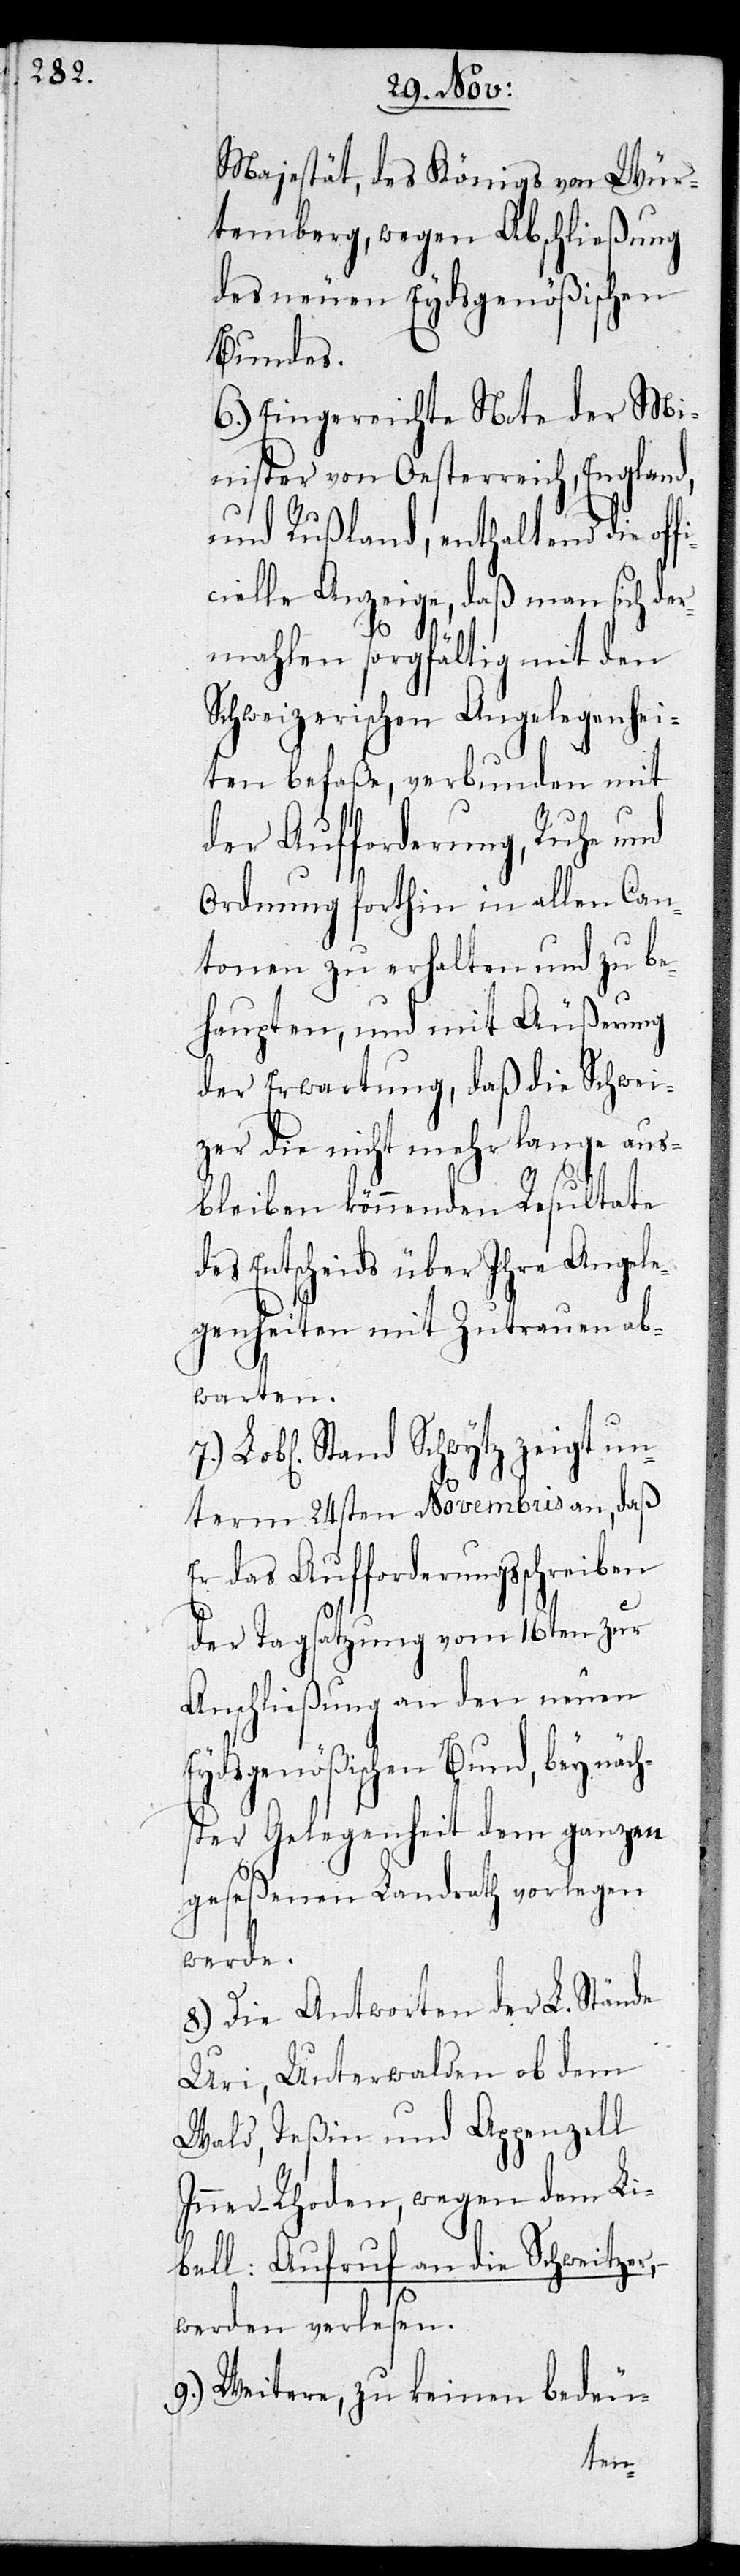
Majestät, des Königs von Wür¬
temberg, wegen Abschließung
des neuen Eydsgenößischen
Bundes.
6.) Eingereichte Nota der Mi¬
nister von Oesterreich, England
und Rußland, enthaltend die of¬
cielle Anzeige, daß man sich der¬
hs¬
mahlen sorgfältig mit den
Schweizerischen Angelegenhei¬
ten befaße, verbunden mit
der Aufforderung, Ruhe und
Ordnung forthin in allen Can¬
tonen zu erhalten und zu be¬
haupten, und mit Äußerung
der Erwartung, daß die Schwei¬
zer die nicht mehr lange aus¬
bleiben könnenden Resultate
des Entscheids über ihre Angele¬
genheiten mit Zutrauen ab¬
warten.
7.) Lobl. Stand Schwytz zeigt un¬
term 24sten Novembris an, daß
er das Aufforderungsschreiben
der Tagsatzung vom 26ten zur
Anschließung an den neuen
Eydsgenößischen Bund, bey näc¬
ter Gelegenheit dem ganzen
geseßenen Landrath vorlegen
werde.
8.) Die Antworten der L. Stände
Uri, Unterwalden ob dem
Wald, Teßin und Appenzell
Inner-Rhoden, wegen dem Li¬
bell: Aufruf an die Schweitzer,
werden verlesen.
9.) Weitere, zu keinen bedeu-